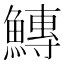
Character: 鱄